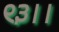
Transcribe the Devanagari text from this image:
९३।।